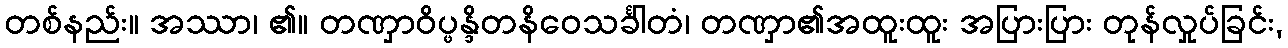
တစ်နည်း။ အဿာ၊ ၏။ တဏှာဝိပ္ဖန္ဒိတနိဝေသင်္ခါတံ၊ တဏှာ၏အထူးထူး အပြားပြား တုန်လှုပ်ခြင်း,